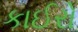
કાઈરો